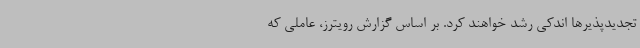
تجدیدپذیرها اندکی رشد خواهند کرد. بر اساس گزارش رویترز، عاملی که